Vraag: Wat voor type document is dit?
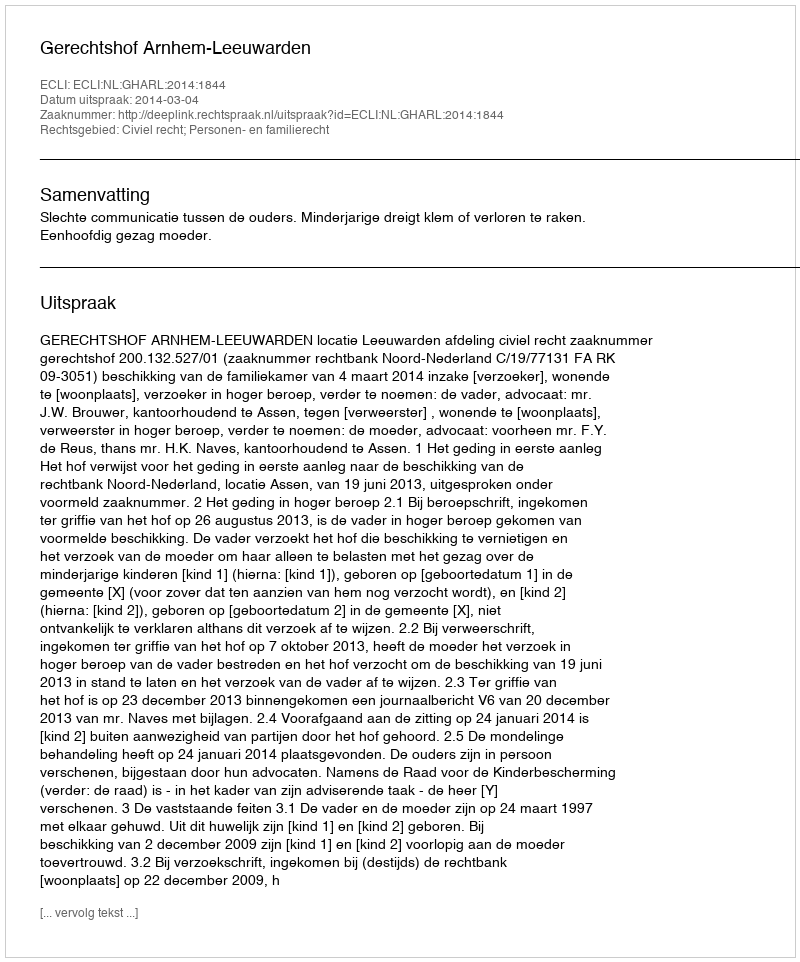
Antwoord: Uitspraak